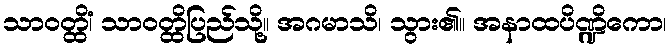
သာဝတ္ထိံ၊ သာဝတ္ထိပြည်သို့။ အဂမာသိ၊ သွား၏။ အနာထပိဏ္ဍိကော၊